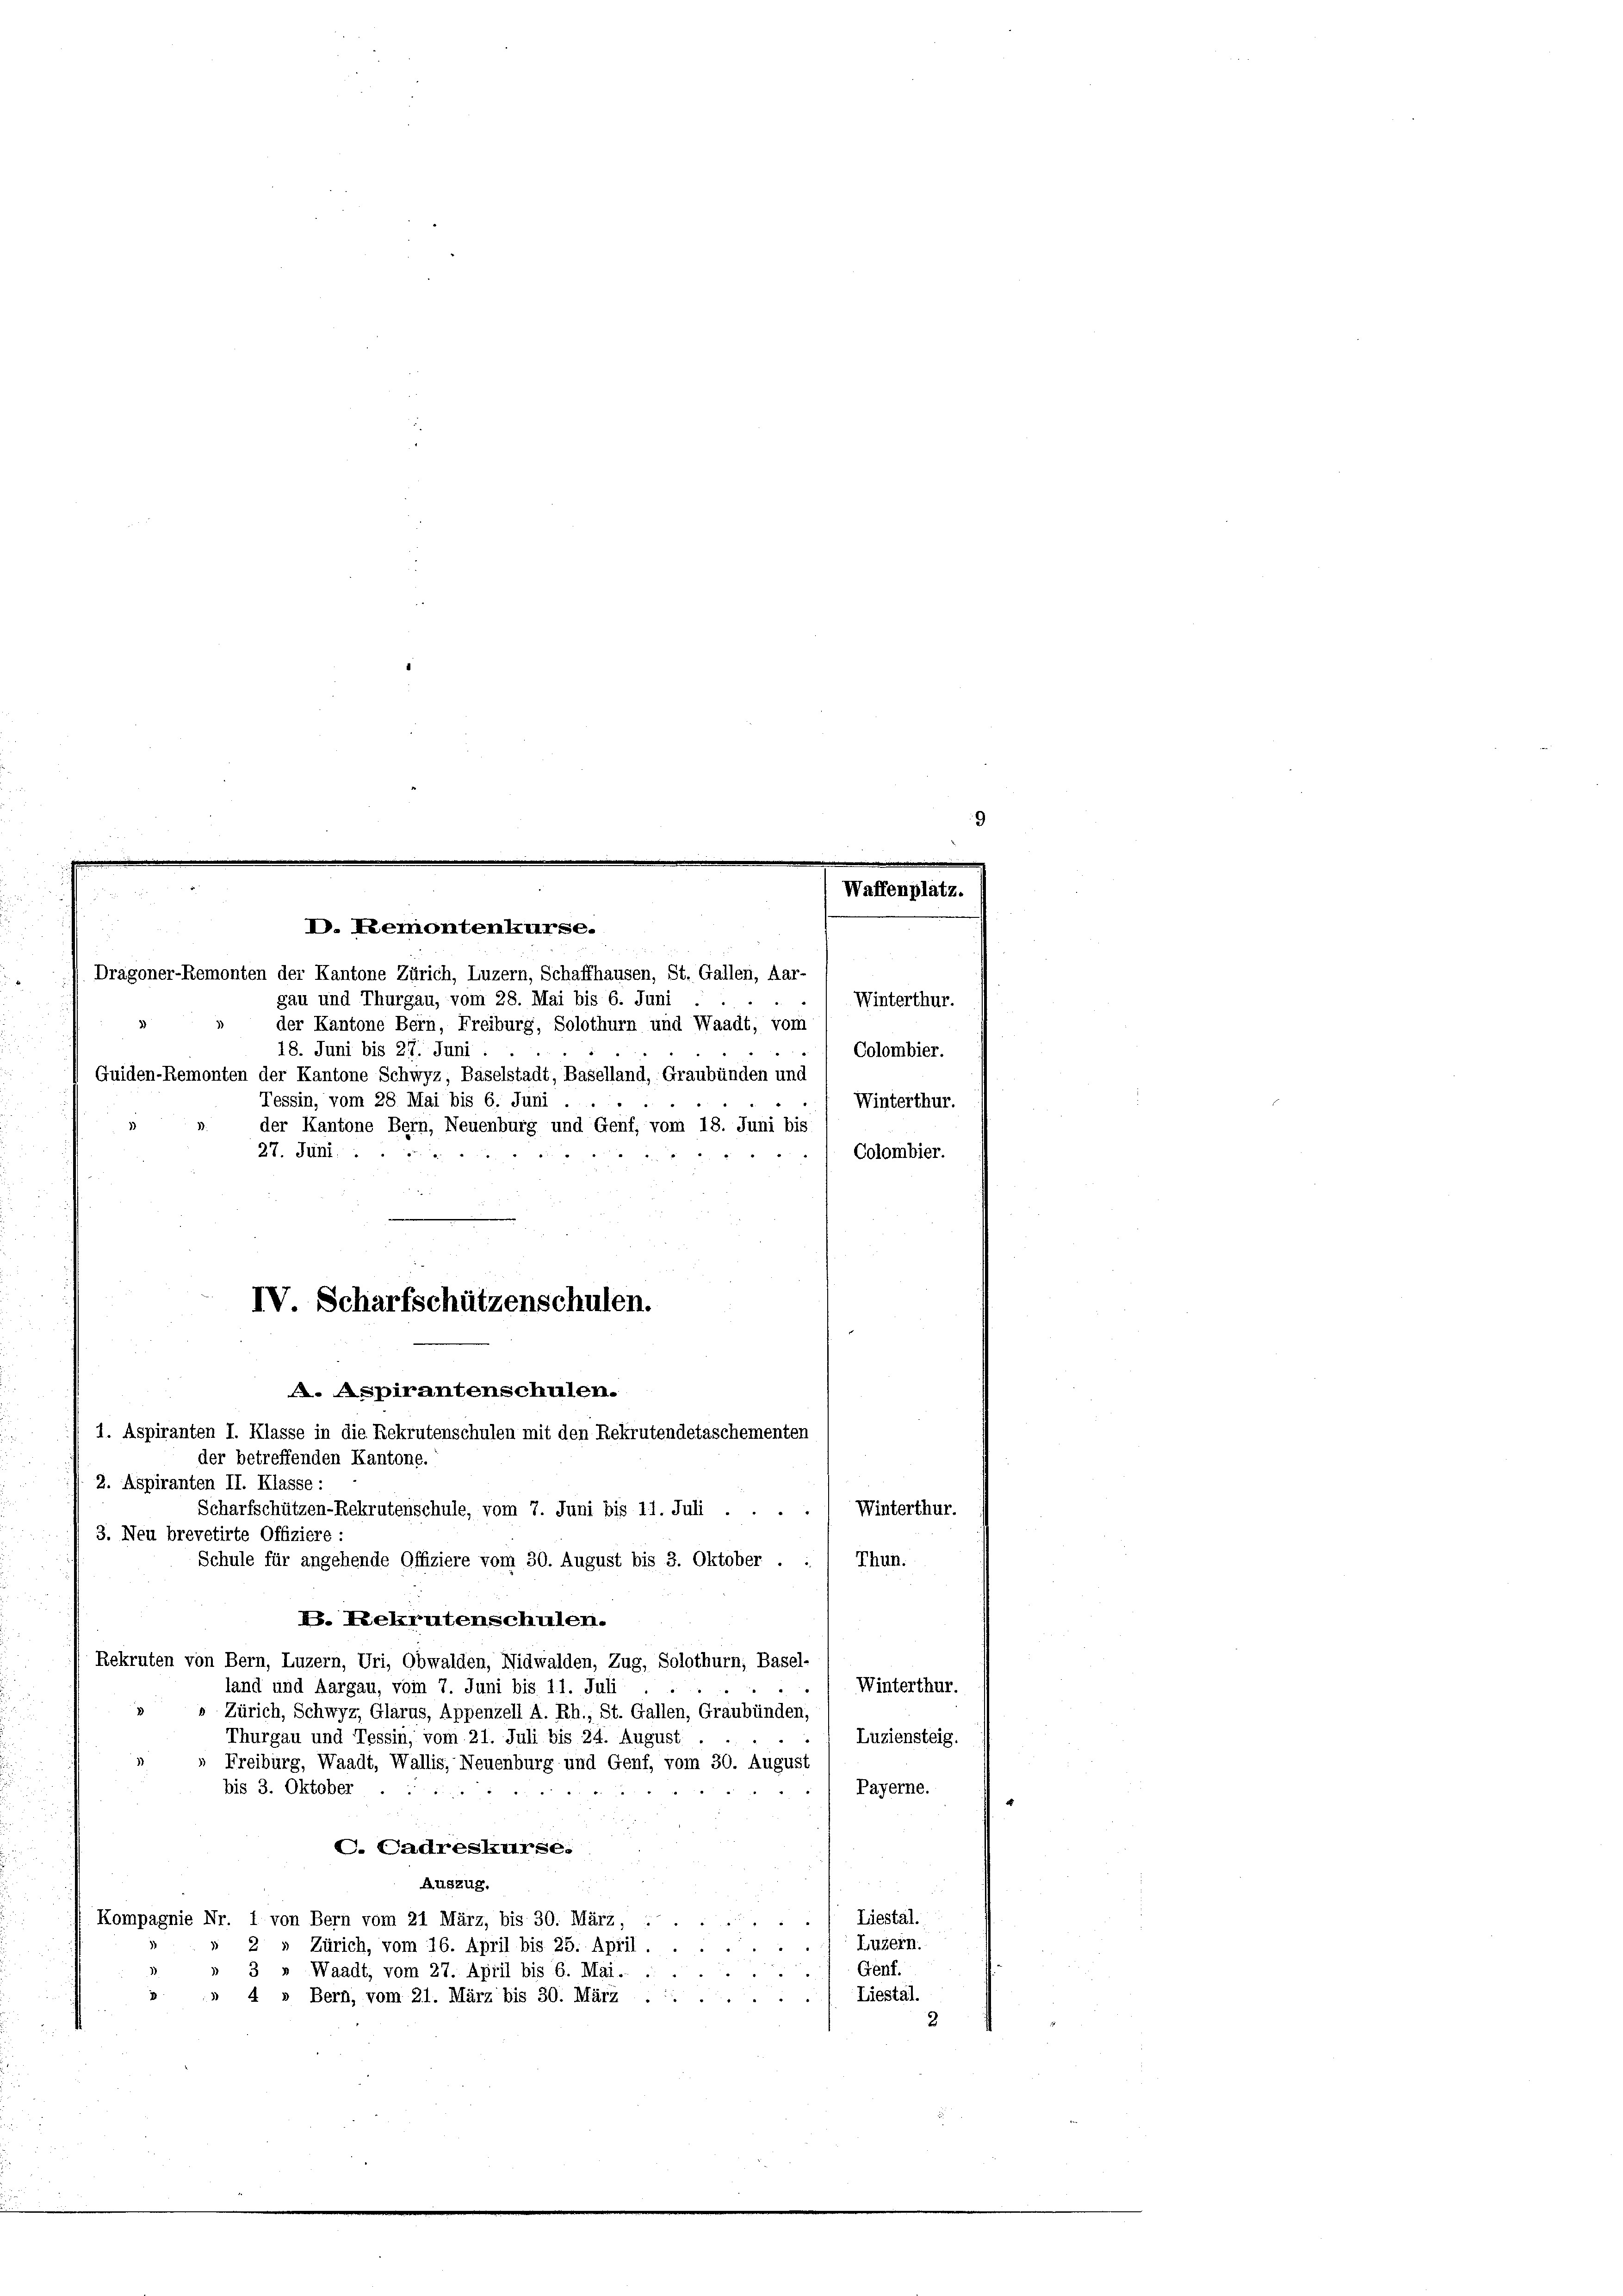
D. Remontenkurse.

Guiden-Remonten der Kantone Schwyz, Baselstadt, Baselland, Graubünden und
Tessin, vom 28. Mai bis 6. Juni
der Kantone Bern, Neuenburg und Genf, vom 18. Juni bis
27. Juni .......

der Kantone Bern, Freiburg, Solothurn und Waadt, vom
18. Juni bis 27. Juni.

Dragoner-Remonten der Kantone Zürich, Luzern, Schaffhausen, St. Gallen, Aar-
gau und Thurgau, vom 28. Mai bis 6. Juni

IV Scharfschützenschulen.
A. Aspirantenschulen.
1. Aspiranten I. Klasse in die Rekrutenschulen mit den Rekrutendetaschementen
der betreffenden Kantone.

Winterthur.
Colombier.
Winterthur.
Colombier.

2. Aspiranten II. Klasse:
Scharfschützen-Rekrutenschule, vom 7. Juni bis 11. Juli
Winterthur.

3. Neu brevetirte Offiziere:
Schule für angehende Offiziere vom 30. August bis 3. Oktober . :
Thun.
P. Rekrutenschulen.
Rekruten von Bern, Luzern, Uri, Obwalden, Nidwalden, Zug, Solothurn, Basel-
Winterthur.
land und Aargau, vom 7. Juni bis 11. Juli
Zürich, Schwyz, Glarus, Appenzell A. Rh., St. Gallen, Graubünden,
Thurgau und Tessin, vom 21. Juli bis 24. August
Luziensteig.
Freiburg, Waadt, Wallis, Neuenburg und Genf, vom 30. August
bis 3. Oktober
Payerne.

C. Cadreskurse.
Auszug.
Kompagnie Nr. 1 von Bern vom 21 März, bis 30. März,
 Liestal.
Luzern.
2» Zürich, vom 16. April bis 25. April.
Genf.
» 3 » Waadt, vom 27. April bis 6. Mai.
d
Liestal.
» 4 » Bern, vom 21. März bis 30. März . .
2